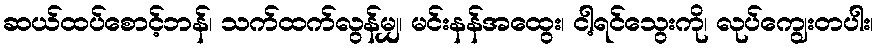
ဆယ်ထပ်စောင့်ဘန်၊ သက်ထက်လွန်မျှ၊ မင်းနန်အထွေး၊ ငါ့ရင်သွေးကို၊ လုပ်ကျွေးတပါး၊